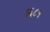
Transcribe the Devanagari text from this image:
३६८१